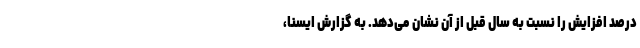
درصد افزایش را نسبت به سال قبل از آن نشان می‌دهد. به گزارش ایسنا،